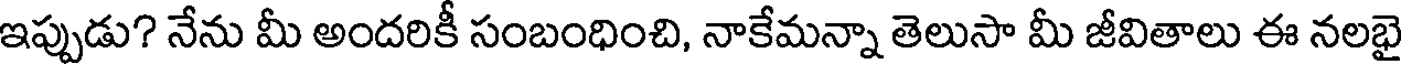
ఇప్పుడు? నేను మీ అందరికీ సంబంధించి, నాకేమన్నా తెలుసా మీ జీవితాలు ఈ నలభై